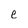
Character: e